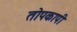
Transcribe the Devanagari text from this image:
तोपकापी